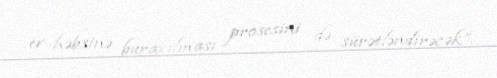
ev həbsinə buraxılması prosesini də sürətləndirəcək”.